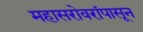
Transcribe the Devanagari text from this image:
महासरोवरांपासून